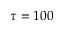
\tau = 1 0 0